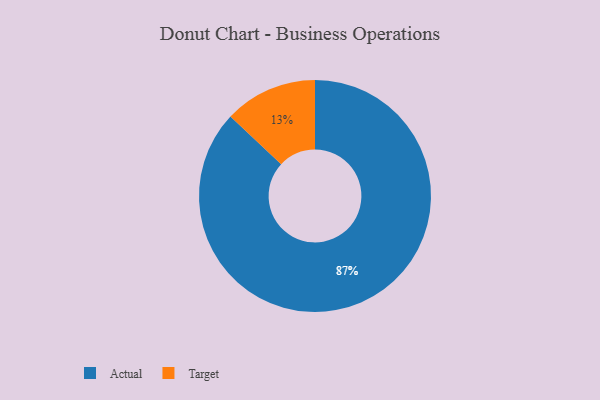
{"axis": {"x": "Category", "y": "Percentage"}, "legend": ["Actual", "Target"], "data": [{"x": "Actual", "y": 87, "type": "Actual"}, {"x": "Target", "y": 13, "type": "Target"}]}